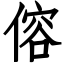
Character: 傛